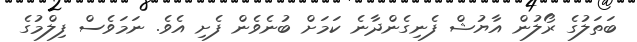
ބަތަލުގެ ރޯލުން އާޔުޝް ފެނިގެންދާނެ ކަމަށް ބުނެވެން ފެށި އެވެ. ނަމަވެސް ފިލްމުގެ